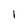
Character: 1